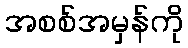
အစစ်အမှန်ကို